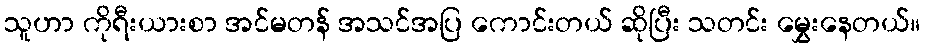
သူဟာ ကိုရီးယားစာ အင်မတန် အသင်အပြ ကောင်းတယ် ဆိုပြီး သတင်း မွှေးနေတယ်။